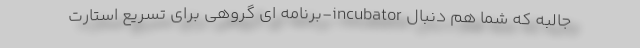
جالبه که شما هم دنبال incubator-برنامه ای گروهی برای تسریع استارت